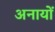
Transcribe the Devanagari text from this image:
अनायों